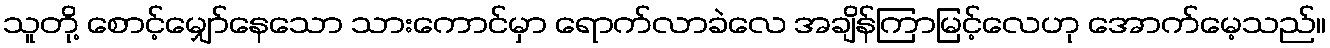
သူတို့ စောင့်မျှော်နေသော သားကောင်မှာ ရောက်လာခဲလေ အချိန်ကြာမြင့်လေဟု အောက်မေ့သည်။